Preliminary report on the killing of rats and rat fleas by hydrocyanic acid gas - Number 38
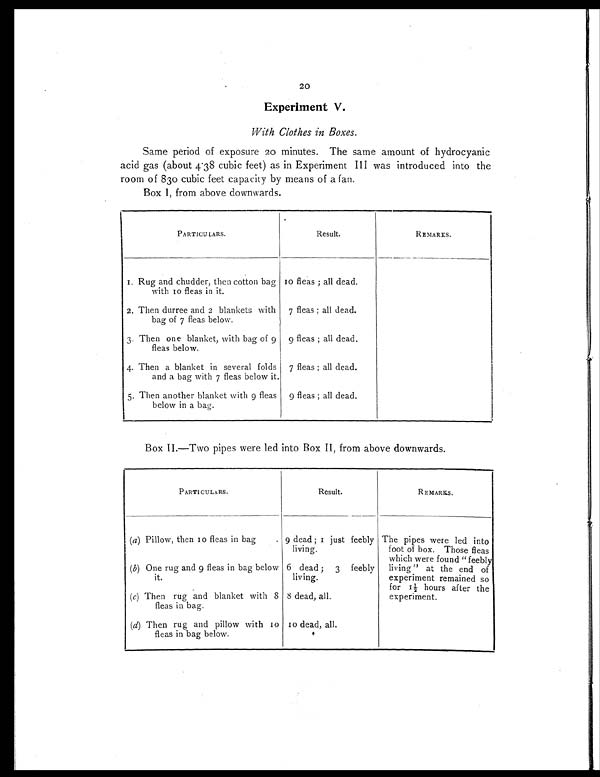
20
Experiment V.
With Clothes in Boxes.
Same period of exposure 20 minutes. The same amount of hydrocyanic
acid gas (about 4.38 cubic feet) as in Experiment III was introduced into the
room of 830 cubic feet capacity by means of a fan.
Box I, from above downwards.
PARTICULARS.
Result.
REMARKS.
1 . R u g a n d c h u d d e r , t h e n c o t t o n b a g
with 10 fleas in it.
10 fleas; all dead.
2. Then durree and 2 blankets with
bag of 7 fleas below.
7 fleas; all dead.
3 . T h e n o n e b l a n k e t , w i t h b a g o f 9
fleas below.
9 fleas; all dead.
4. Then a blanket in several folds
and a bag with 7 fleas below it.
7 fleas; all dead.
5. Then another blanket with 9 fleas
below in a bag.
9 fleas; all dead.
Box II.—Two pipes were led into Box II, from above downwards.
PARTICULARS.
Result.
REMARKS.
(a) Pillow, then 10 fleas in bag . 9 dead; 1 just feebly
living.
The pipes were led into
foot of box. Those fleas
which were found "feebly
living" at the end of
experiment remained so
for 1½ hours after the
experiment.
(b ) One rug and 9 fleas in bag below
it.
6 dead; 3 feebly
living.
(c) Then rug and blanket with 8
fleas in bag.
8 dead, all.
(d ) Then rug and pillow with 10
fleas in bag below.
10 dead, all